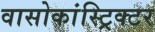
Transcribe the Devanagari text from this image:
वासोकांस्ट्रिक्टर